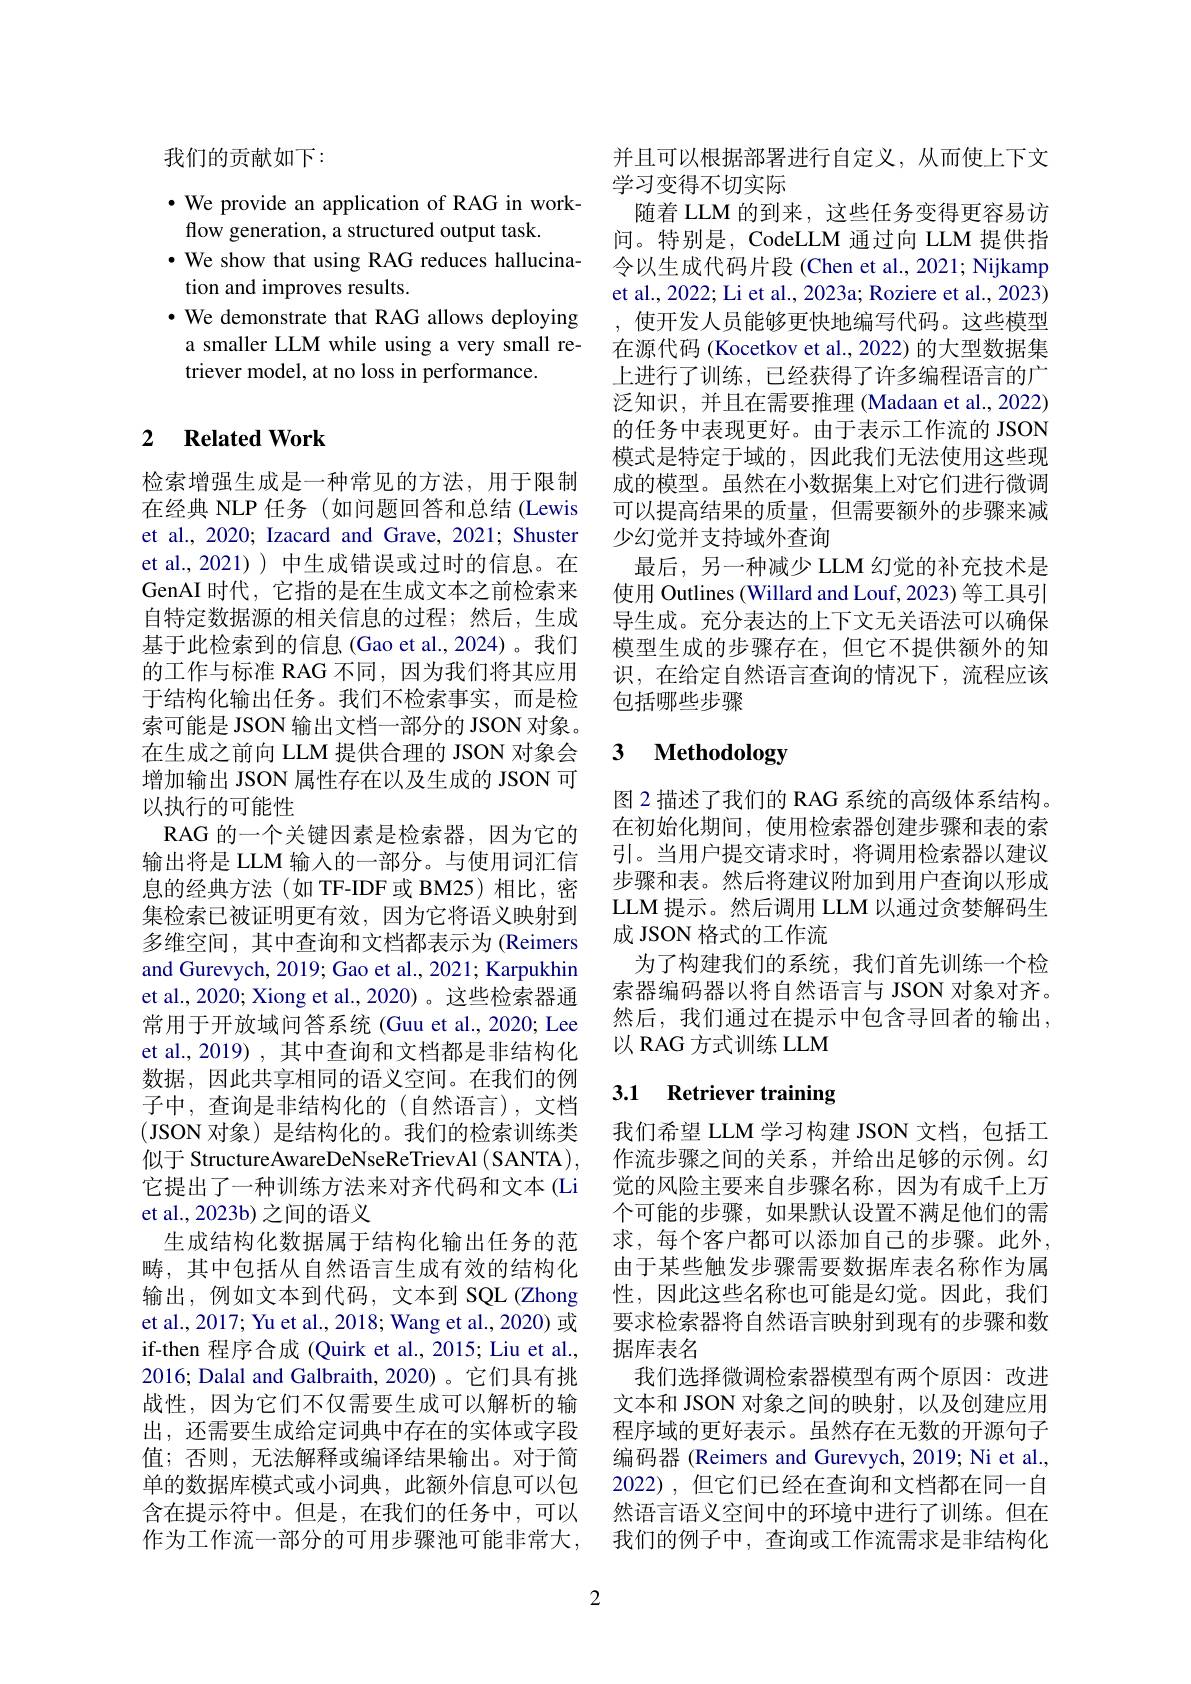
我们的贡献如下：

$\bullet$ We provide an application of RAG in work-
flow generation, a structured output task.
$\bullet$ We show that using RAG reduces hallucina-
tion and improves results.
· We demonstrate that RAG allows deploying a smaller LLM while using a very small retriever model, at no loss in performance.

### 2 $\textbf{Related Work}$

检索增强生成是一种常见的方法，用于限制在经典 NLP 任务 (如问题回答和总结 (Lewis et al., 2020; Izacard and Grave, 2021; Shuster et al.,2021) ) 中生成错误或过时的信息。在GenAI 时代，它指的是在生成文本之前检索来自特定数据源的相关信息的过程；然后，生成基于此检索到的信息(Gao et al.,2024)。我们的工作与标准 RAG 不同，因为我们将其应用于结构化输出任务。我们不检索事实，而是检索可能是 JSON 输出文档一部分的 JSON 对象。在生成之前向 LLM 提供合理的 JSON 对象会增加输出 JSON 属性存在以及生成的 JSON 可以执行的可能性
RAG 的一个关键因素是检索器，因为它的输出将是 LLM 输入的一部分。与使用词汇信息的经典方法(如 TF-IDF或 BM25)相比，密集检索已被证明更有效，因为它将语义映射到多维空间，其中查询和文档都表示为 (Reimers and Gurevych, 2019; Gao et al., 2021; Karpukhin et al., 2020; Xiong et al., 2020)。这些检索器通常用于开放域问答系统 (Guu et al., 2020; Lee et al., 2019) , 其中查询和文档都是非结构化数据，因此共享相同的语义空间。在我们的例子中，查询是非结构化的(自然语言),文档(JSON 对象)是结构化的。我们的检索训练类似于 StructureAwareDeNseReTrievAl ( SANTA) , 它提出了一种训练方法来对齐代码和文本(Li et al., 2023b) 之间的语义
生成结构化数据属于结构化输出任务的范畴，其中包括从自然语言生成有效的结构化输出，例如文本到代码，文本到 SQL(Zhong et al., 2017; Yu et al., 2018; Wang et al., 2020) 或if-then 程序合成 (Quirk et al., 2015; Liu et al., 2016; Dalal and Galbraith, 2020) 。它们具有挑战性，因为它们不仅需要生成可以解析的输出，还需要生成给定词典中存在的实体或字段值；否则，无法解释或编译结果输出。对于简单的数据库模式或小词典，此额外信息可以包含在提示符中。但是，在我们的任务中，可以作为工作流一部分的可用步骤池可能非常大，

并且可以根据部署进行自定义，从而使上下文
学习变得不切实际
随着 LLM 的到来，这些任务变得更容易访问。特别是，CodeLLM 通过向 LLM 提供指令以生成代码片段 (Chen et al., 2021; Nijkamp et al., 2022; Li et al., 2023a; Roziere et al., 2023) ,使开发人员能够更快地编写代码。这些模型在源代码 (Kocetkov et al., 2022) 的大型数据集上进行了训练，已经获得了许多编程语言的广泛知识，并且在需要推理(Madaan et al., 2022) 的任务中表现更好。由于表示工作流的 JSON 模式是特定于域的，因此我们无法使用这些现成的模型。虽然在小数据集上对它们进行微调可以提高结果的质量，但需要额外的步骤来减少幻觉并支持域外查询
最后，另一种减少 LLM 幻觉的补充技术是使用 Outlines (Willard and Louf, 2023) 等工具引导生成。充分表达的上下文无关语法可以确保模型生成的步骤存在，但它不提供额外的知识，在给定自然语言查询的情况下，流程应该包括哪些步骤

# 3 Methodology

图 2 描述了我们的 RAG 系统的高级体系结构。在初始化期间，使用检索器创建步骤和表的索引。当用户提交请求时，将调用检索器以建议步骤和表。然后将建议附加到用户查询以形成LLM 提示。然后调用 LLM 以通过贪婪解码生成 JSON 格式的工作流
为了构建我们的系统，我们首先训练一个检索器编码器以将自然语言与 JSON 对象对齐。然后，我们通过在提示中包含寻回者的输出， 以 RAG 方式训练 LLM

# 3.1 Retriever training

我们希望 LLM 学习构建 JSON 文档，包括工作流步骤之间的关系，并给出足够的示例。幻觉的风险主要来自步骤名称，因为有成千上万个可能的步骤，如果默认设置不满足他们的需求，每个客户都可以添加自己的步骤。此外， 由于某些触发步骤需要数据库表名称作为属性，因此这些名称也可能是幻觉。因此，我们要求检索器将自然语言映射到现有的步骤和数据库表名
我们选择微调检索器模型有两个原因：改进文本和 JSON 对象之间的映射，以及创建应用程序域的更好表示。虽然存在无数的开源句子编码器 (Reimers and Gurevych, 2019; Ni et al., 2022),但它们已经在查询和文档都在同一自然语言语义空间中的环境中进行了训练。但在我们的例子中，查询或工作流需求是非结构化

2